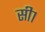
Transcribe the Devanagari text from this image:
सी१